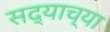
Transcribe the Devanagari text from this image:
सद्याच्या